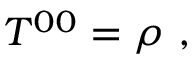
T ^ { 0 0 } = \rho ~ ,